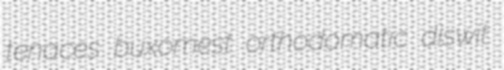
tenaces buxomest orthodomatic diswit